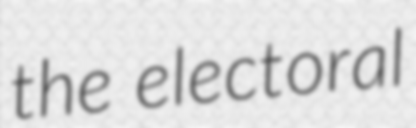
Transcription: the electoral